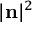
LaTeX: | \mathbf { n } | ^ { 2 }